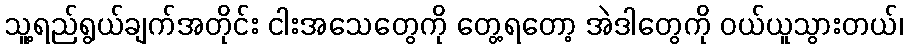
သူ့ရည်ရွယ်ချက်အတိုင်း ငါးအသေတွေကို တွေ့ရတော့ အဲဒါတွေကို ဝယ်ယူသွားတယ်၊